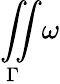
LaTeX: {\underset{\Gamma}{\iint}}\omega